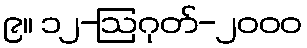
၉။ ၁၂-ဩဂုတ်-၂၀၀၀